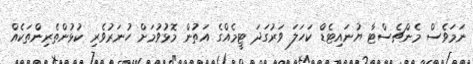
ނަމަވެސް މެންޗެސްޓާ ޔުނައިޓެޑް ކަހަލަ ވަރުގަދަ ޓީމެއްގެ އަތުން މޮޅުވުމަށް ހުނަރުވެރި ކުޅުންތެރިންތަކެއް